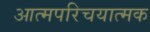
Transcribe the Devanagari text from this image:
आत्मपरिचयात्मक